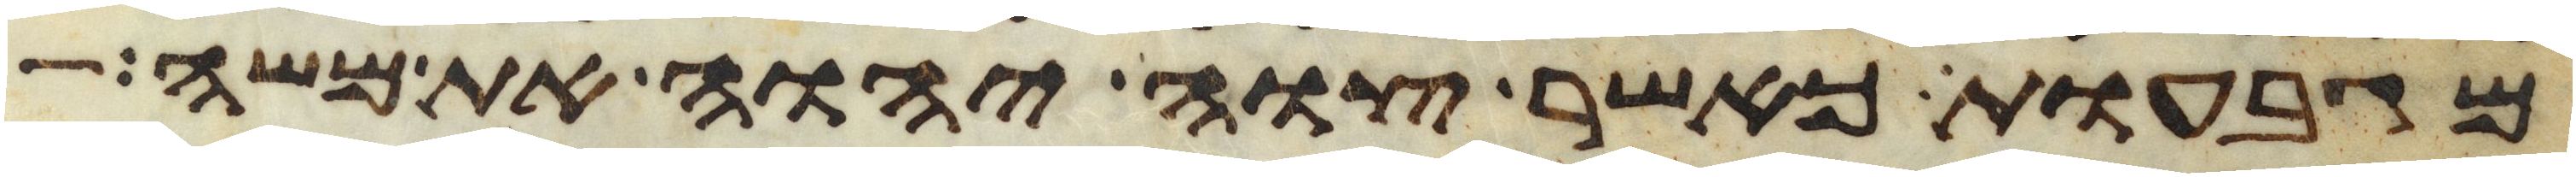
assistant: מגבעות כאשר צוה יהוה את משה